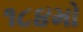
૧૮૪મો